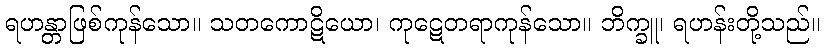
ရဟန္တာဖြစ်ကုန်သော။ သတကောဋိယော၊ ကုဋေတရာကုန်သော။ ဘိက္ခူ၊ ရဟန်းတို့သည်။